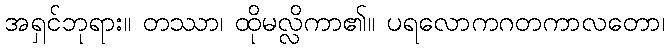
အရှင်ဘုရား။ တဿာ၊ ထိုမလ္လိကာ၏။ ပရလောကဂတကာလတော၊